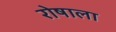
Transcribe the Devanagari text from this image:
रोषाला